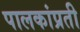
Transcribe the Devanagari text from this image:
पालकांप्रती